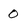
Character: 0